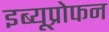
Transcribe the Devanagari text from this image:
इब्यूप्रोफन